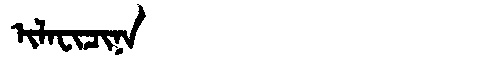
Manchu: ᡳᠯᠠᠸᡳᠴᡳᠨᠠ
Romanization: ILAFICINA